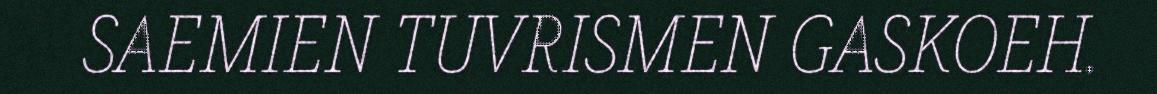
SAEMIEN TUVRISMEN GASKOEH.